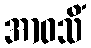
အာဝသိံ